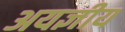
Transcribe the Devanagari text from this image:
अयज्ञीय